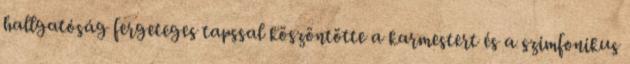
hallgatóság fergeteges tapssal köszöntötte a karmestert és a szimfonikus